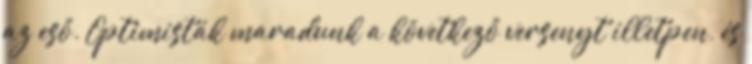
az eső. Optimisták maradunk a következő versenyt illetpen, és